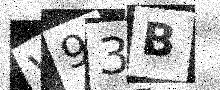
Text: V93B